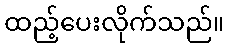
ထည့်ပေးလိုက်သည်။